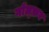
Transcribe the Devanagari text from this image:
गॉल्फ़र